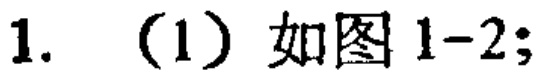
1. （1）如图1-2;